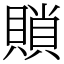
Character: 䞆